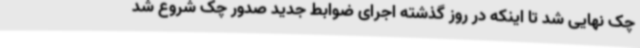
چک نهایی شد تا اینکه در روز گذشته اجرای ضوابط جدید صدور چک شروع شد